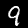
Digit: 9